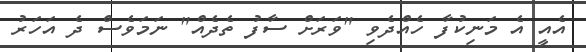
އެއީ އެ މަނިކުފާ ހެއްދެވި "ވަރަށް ސާފު ތެދެއް" ނަމަވެސް ދެ އަހަރު